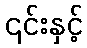
၎င်းနှင့်